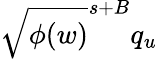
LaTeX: \sqrt{\phi(w)}^{s+B}q_{u}